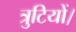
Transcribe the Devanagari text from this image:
त्रुटियों।